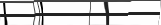
٣٠